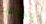
المواقف